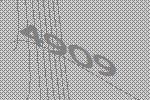
4909